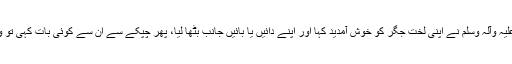
آپ صلی اللہ علیہ وآلہ وسلم نے اپنی لختِ جگر کو خوش آمدید کہا اور اپنے دائیں یا بائیں جانب بٹھا لیا، پھر چپکے سے ان سے کوئی بات کہی تو وہ رونے لگیں۔